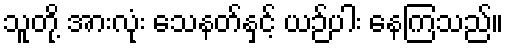
သူတို့ အားလုံး သေနတ်နှင့် ယဉ်ပါး နေကြသည်။